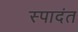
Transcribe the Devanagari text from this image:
स्पादंत